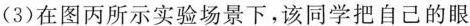
(3)在图丙所示实验场景下，该同学把自己的眼